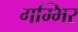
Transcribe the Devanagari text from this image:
गम्भिर